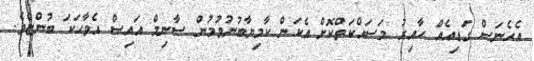
އެހެނަސް ގަޑިއެއް ހާއިރު މަސައްކަތްކޮށް އެކަން ކާމިޔާބުނުވުމުން ސާނިމް އައިސް އެވާހަކަ ބުންޏެވެ.